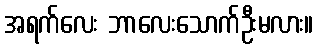
အရက်လေး ဘာလေးသောက်ဦးမလား။